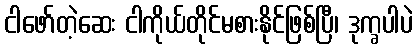
ငါဖော်တဲ့ဆေး ငါကိုယ်တိုင်မစားနိုင်ဖြစ်ပြီ၊ ဒုက္ခပါပဲ